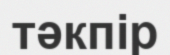
тәкпір